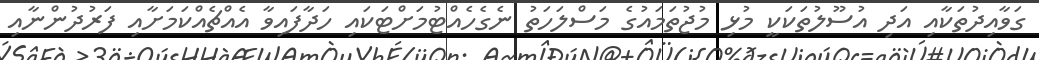
ގަވާއިދުތަކާއި އަދި އުސޫލުތަކަކީ މުޅި މުޖުތަމައުގެ މަސްލަހަތު ނެގެހެއްޓުމަށްޓަކައި ހަދާފައިވާ އެއްޗެއްކަމަށާއި ފަރުދުންނާއި